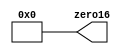
module zero16
(
  output wire [15:0] zero16
);

  assign zero16 = 16'b0000_0000_0000_0000;

endmodule